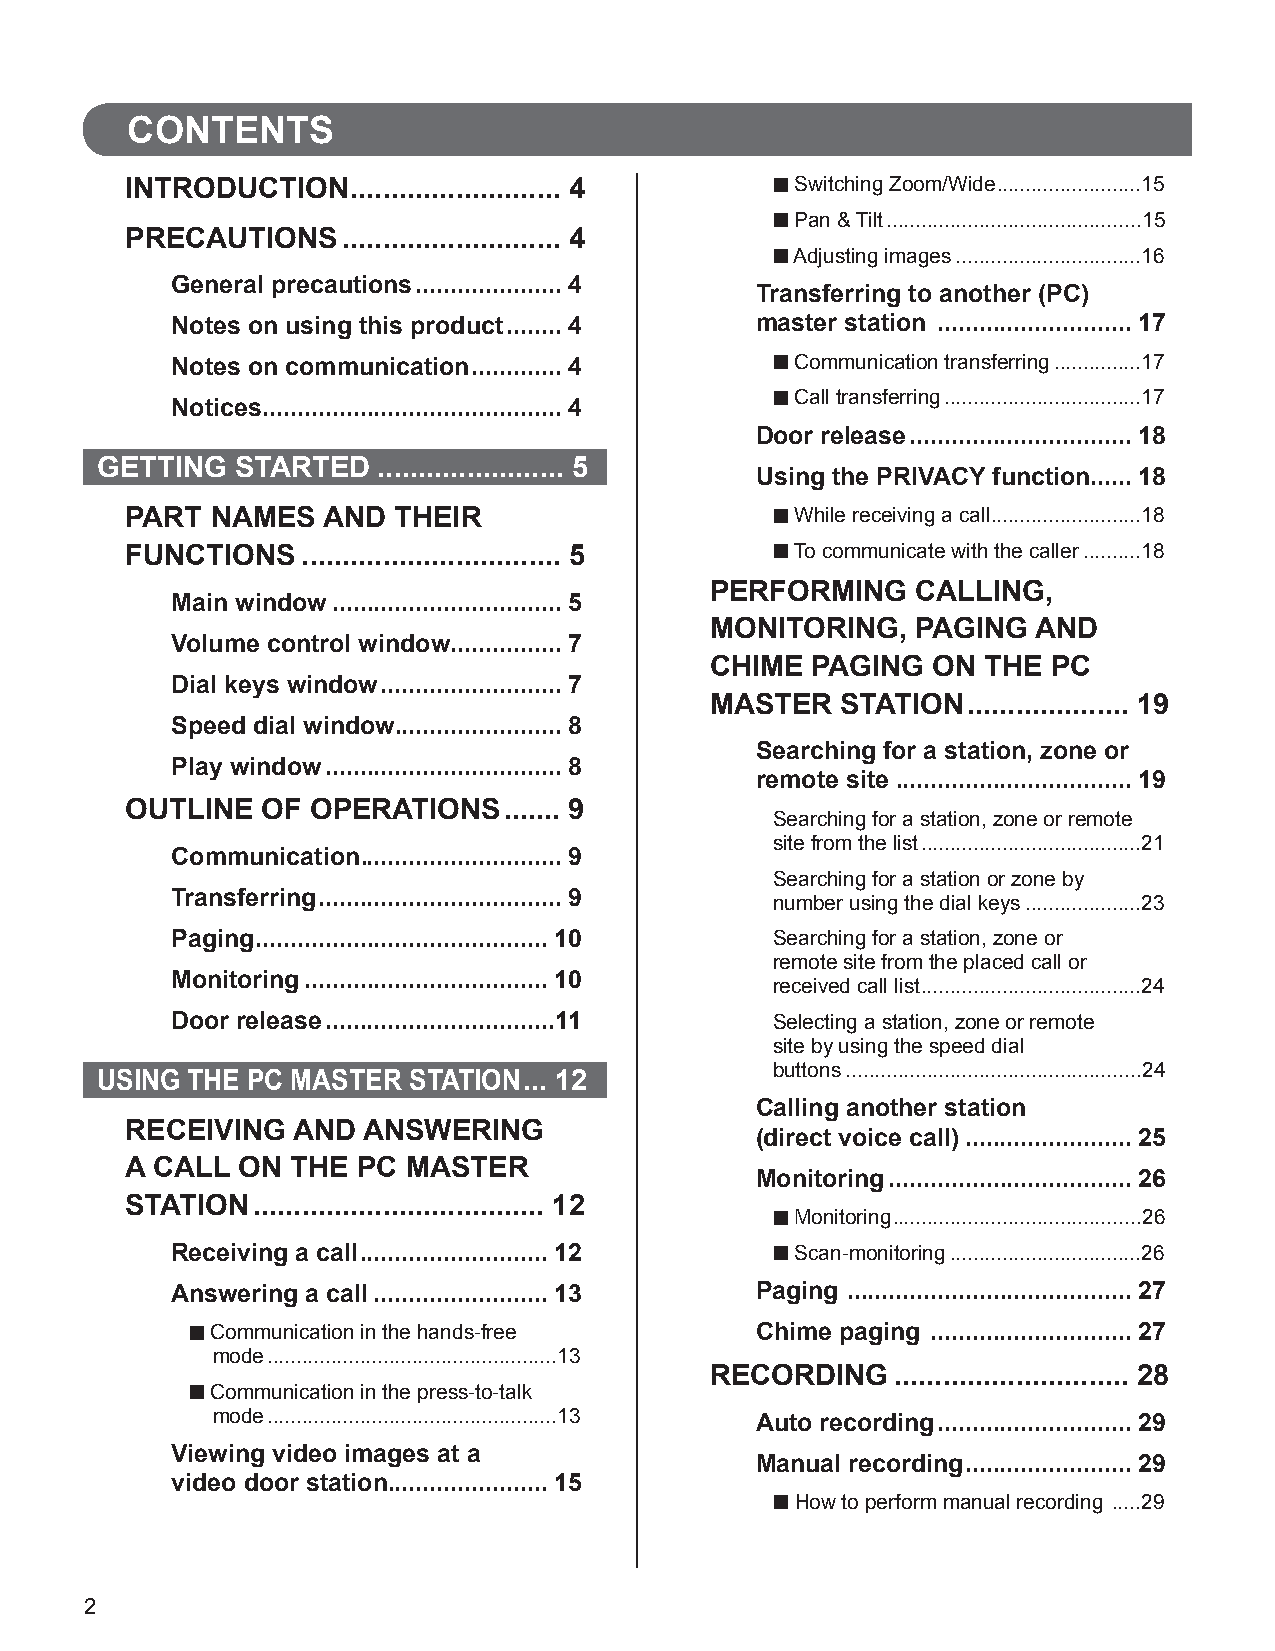
CONTENTS
 INTRODUCTION   .......................... 4 ■ Switching Zoom/Wide .........................15
 ■ Pan & Tilt ............................................15
 PRECAUTIONS    ........................... 4
 ■ Adjusting images ................................16
 General precautions .....................4
 Transferring to another (PC)
 Notes on using this product ........4  master station ............................17
 Notes on communication .............4   ■ Communication transferring ...............17
 ■ Call transferring ..................................17
 Notices ...........................................4
 Door release ................................18
 GETTING   STARTED  ....................... 5
 Using the PRIVACY function......18
 PART  NAMES  AND  THEIR                    ■ While receiving a call ..........................18
 FUNCTIONS   ................................ 5 ■ To communicate with the caller ..........18
 PERFORMING    CALLING,
 Main window .................................5
 MONITORING,   PAGING  AND
 Volume control window ................7
 CHIME  PAGING  ON THE  PC
 Dial keys window ..........................7
 MASTER   STATION .................... 19
 Speed dial window ........................8
 Searching for a station, zone or
 Play window ..................................8
 remote site ..................................19
 OUTLINE  OF  OPERATIONS  ....... 9
 Searching for a station, zone or remote
 site from the list ......................................21
 Communication .............................9
 Searching for a station or zone by
 Transferring ...................................9
 number using the dial keys ....................23
 Paging ..........................................10 Searching for a station, zone or
 remote site from the placed call or
 Monitoring ...................................10
 received call list ......................................24
 Door release .................................11 Selecting a station, zone or remote
 site by using the speed dial
 buttons ...................................................24
 USING THE PC MASTER  STATION ... 12
 Calling another station
 RECEIVING  AND  ANSWERING
 (direct voice call) ........................25
 A CALL  ON THE  PC MASTER
 Monitoring ...................................26
 STATION  .................................... 12
 ■ Monitoring ...........................................26
 Receiving a call ...........................12 ■ Scan-monitoring .................................26
 Answering a call .........................13 Paging .........................................27
 ■ Communication in the hands-free    Chime paging .............................27
 mode ..................................................13
 RECORDING   ............................. 28
 ■ Communication in the press-to-talk
 mode ..................................................13 Auto recording ............................29
 Viewing video images at a
 Manual recording ........................29
 video door station .......................15
 ■ H ow to perform manual recording .....29
 2